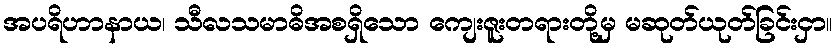
အပရိဟာနာယ၊ သီလသမာဓိအစရှိသော ကျေးဇူးတရားတို့မှ မဆုတ်ယုတ်ခြင်းငှာ။